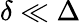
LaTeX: \delta\ll\Delta